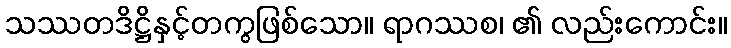
သဿတဒိဋ္ဌိနှင့်တကွဖြစ်သော။ ရာဂဿစ၊ ၏ လည်းကောင်း။